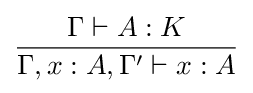
{{\Gamma \vdash A:K} \over {\Gamma ,x:A,\Gamma '\vdash x:A}}